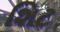
શિટ